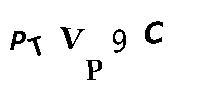
PTVP9C